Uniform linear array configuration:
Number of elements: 16
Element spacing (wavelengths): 0.25
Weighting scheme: blackman
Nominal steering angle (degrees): -15
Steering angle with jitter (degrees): -14.288
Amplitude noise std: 0.05
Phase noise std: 0.05

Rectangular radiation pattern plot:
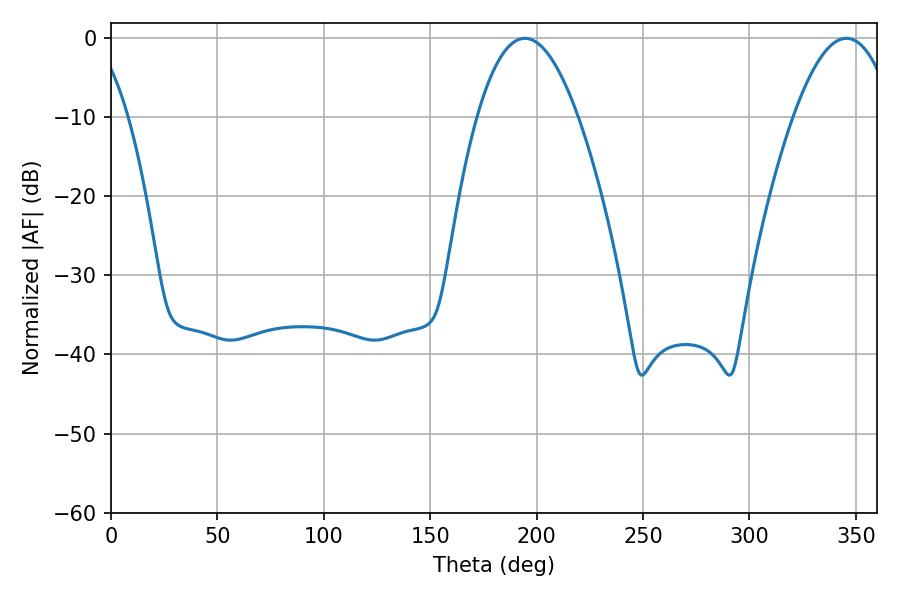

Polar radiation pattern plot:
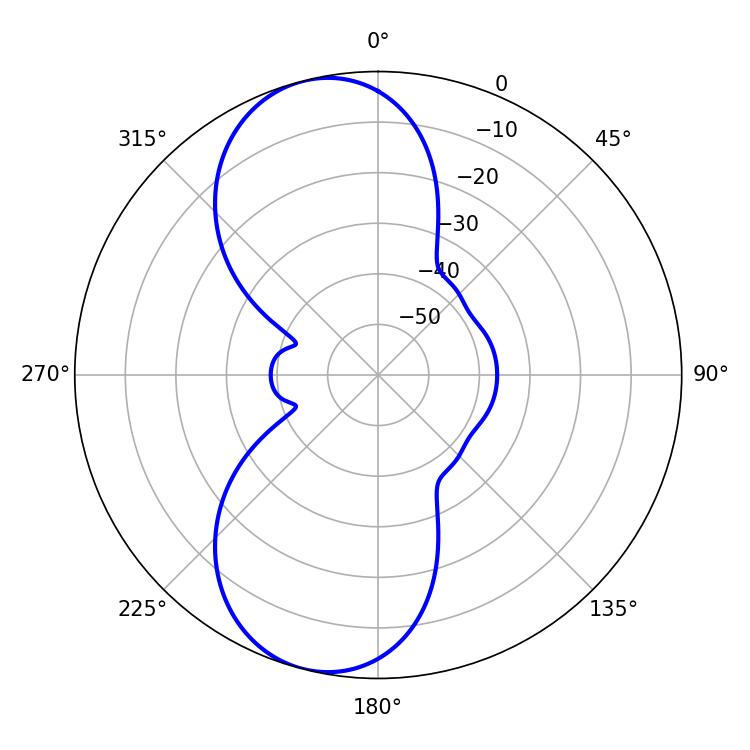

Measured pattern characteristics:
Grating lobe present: FALSE
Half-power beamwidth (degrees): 26.1
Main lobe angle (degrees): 194.4